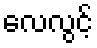
လေလွင့်